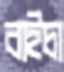
বাইচা